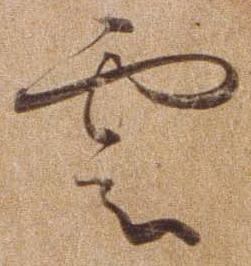
雲